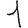
Digit: 1